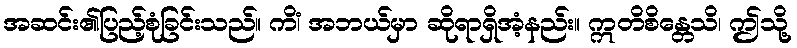
အဆင်း၏ပြည့်စုံခြင်းသည်။ ကိံ၊ အဘယ်မှာ ဆိုရာရှိအံ့နည်း။ ဣတိစိန္တေသိ၊ ဤသို့